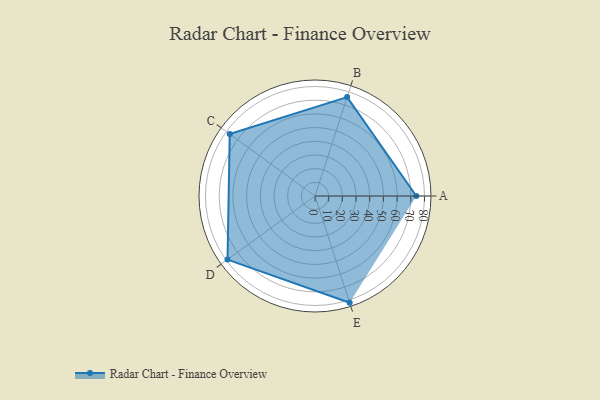
{"axis": {"x": "Skill", "y": "Score"}, "legend": ["Profile"], "data": [{"x": "A", "y": 74.0, "type": "Profile"}, {"x": "B", "y": 76.0, "type": "Profile"}, {"x": "C", "y": 77.0, "type": "Profile"}, {"x": "D", "y": 79.0, "type": "Profile"}, {"x": "E", "y": 82.0, "type": "Profile"}]}